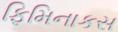
ફિમિનાકસ